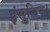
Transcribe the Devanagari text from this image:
इंसुलिन।